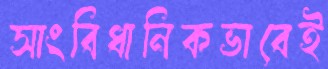
সাংবিধানিকভাবেই